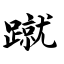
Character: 蹴